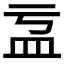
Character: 𥁄